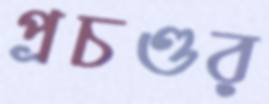
প্রচণ্ডর